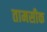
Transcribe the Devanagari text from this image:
तामसीक